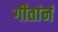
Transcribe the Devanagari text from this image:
गीतांनं